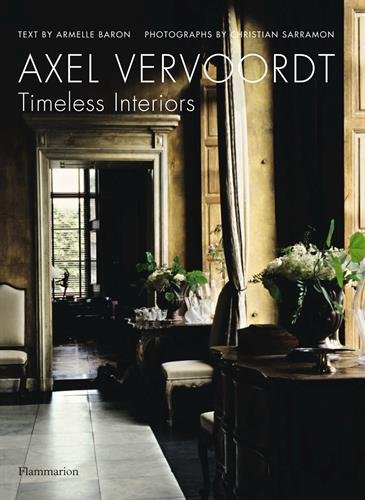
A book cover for Axel Vervoordt: Timeless Interiors; Armelle Baron; Arts & Photography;